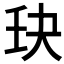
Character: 𫡘